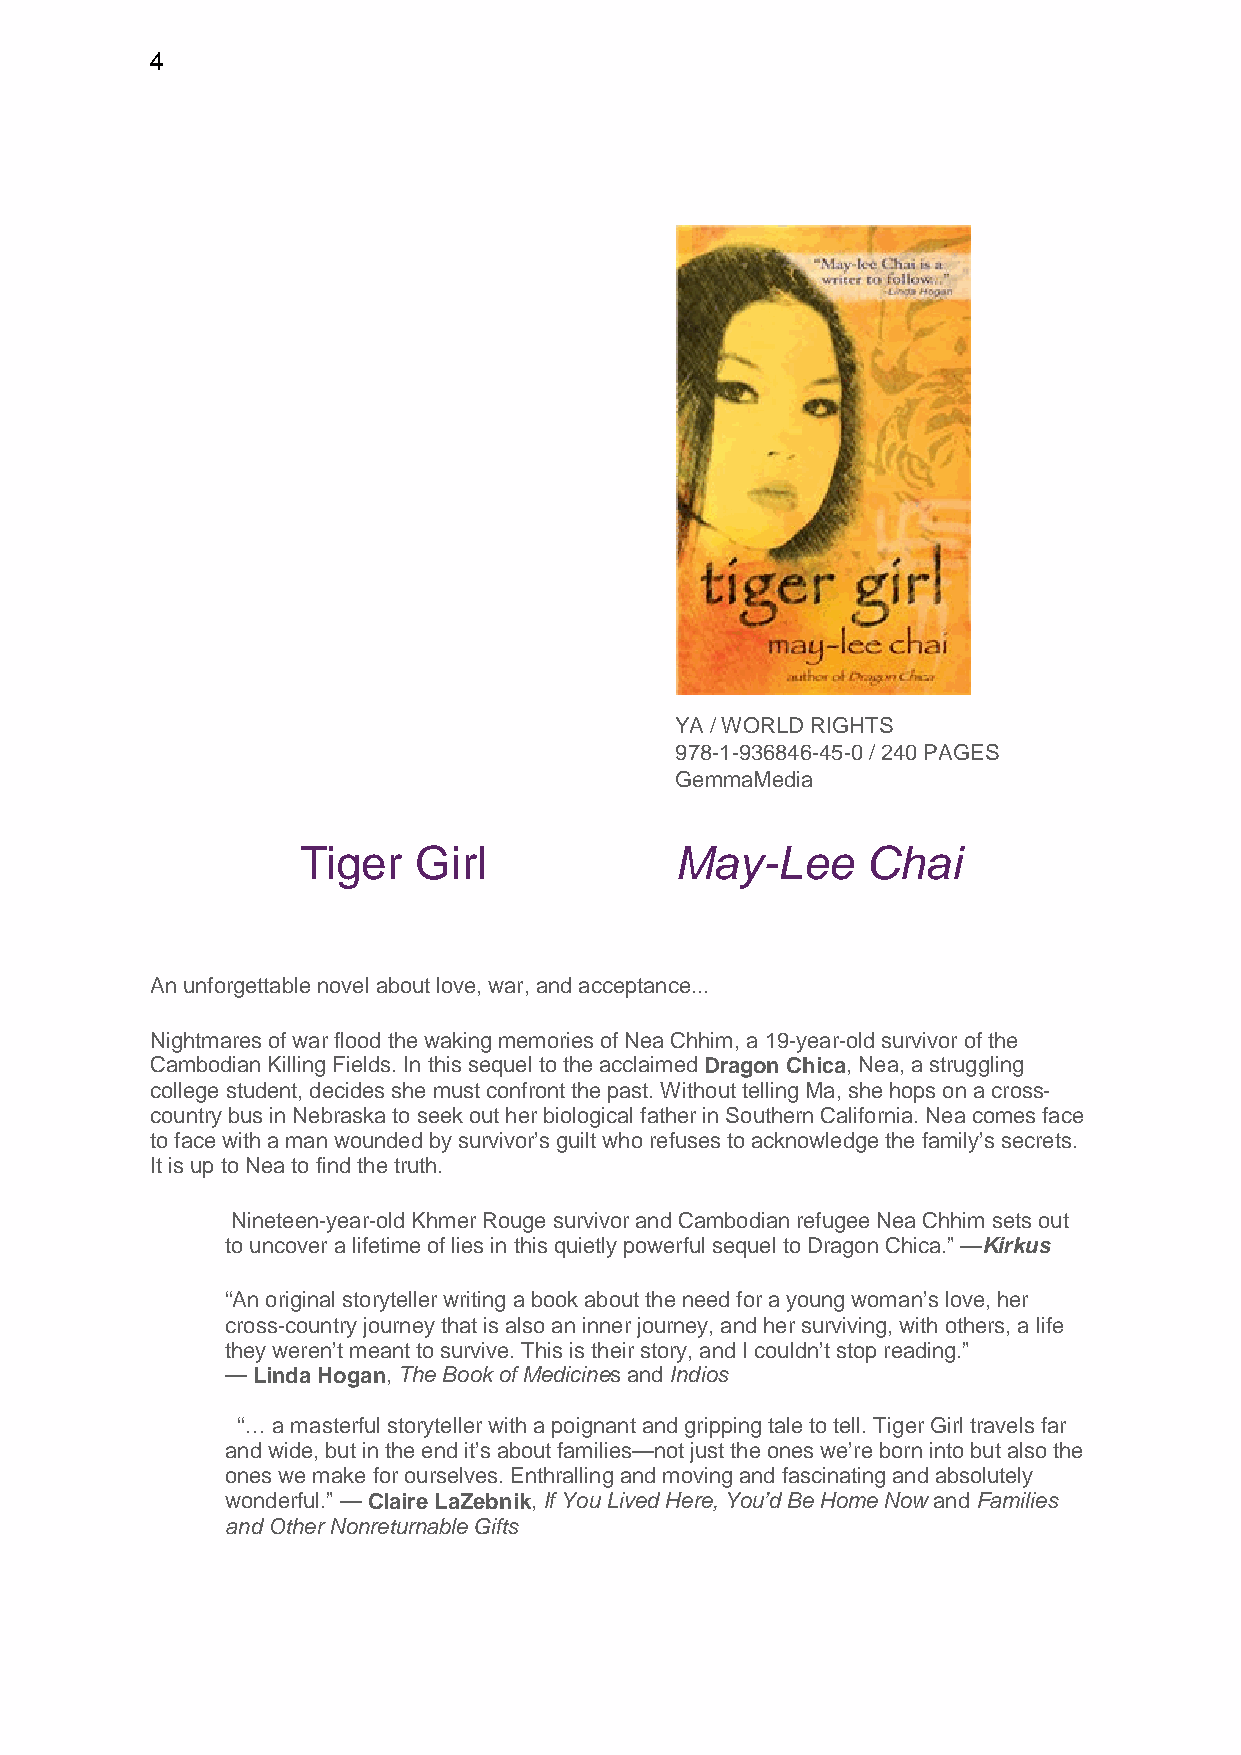
4
 YA / WORLD RIGHTS
 978-1-936846-45-0 / 240 PAGES
 GemmaMedia
 Tiger   Girl             May-Lee     Chai
 An unforgettable novel about love, war, and acceptance...
 Nightmares of war flood the waking memories of Nea Chhim, a 19-year-old survivor of the
 Cambodian Killing Fields. In this sequel to the acclaimed Dragon Chica, Nea, a struggling
 college student, decides she must confront the past. Without telling Ma, she hops on a cross-
 country bus in Nebraska to seek out her biological father in Southern California. Nea comes face
 to face with a man wounded by survivor’s guilt who refuses to acknowledge the family’s secrets.
 It is up to Nea to find the truth.
 Nineteen-year-old Khmer Rouge survivor and Cambodian refugee Nea Chhim sets out
 to uncover a lifetime of lies in this quietly powerful sequel to Dragon Chica.” —Kirkus
 “An original storyteller writing a book about the need for a young woman’s love, her
 cross-country journey that is also an inner journey, and her surviving, with others, a life
 they weren’t meant to survive. This is their story, and I couldn’t stop reading.”
 — Linda Hogan, The Book of Medicines and Indios
 “… a masterful storyteller with a poignant and gripping tale to tell. Tiger Girl travels far
 and wide, but in the end it’s about families—not just the ones we’re born into but also the
 ones we make for ourselves. Enthralling and moving and fascinating and absolutely
 wonderful.” — Claire LaZebnik, If You Lived Here, You’d Be Home Now and Families
 and Other Nonreturnable Gifts